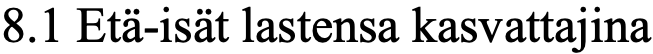
8.1 Etä-isät lastensa kasvattajina